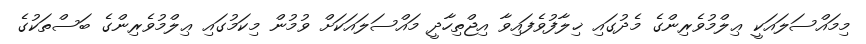
މިމައްސަލައަކީ ޢިލްމުވެރިންގެ މެދުގައި ޚިލާފުވެފައިވާ އިޖްތިހާދީ މައްސަލައަކަށް ވުމުން މިކަމުގައި ޢިލްމުވެރިންގެ ބަސްތަކުގެ